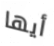
أيها